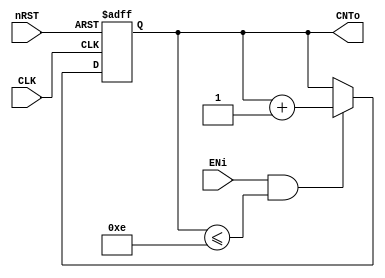
module MAX_CNT (nRST, CLK, ENi, CNTo);

input nRST, CLK, ENi;
output [3:0] CNTo;
reg [3:0] CNTo;

always @(posedge CLK, negedge nRST) begin
	if(!nRST) begin
		CNTo <= 4'b0000;
	end
	else begin
		if((ENi == 1) && (CNTo <= 14)) begin
			CNTo = CNTo + 1;
		end
	end
end

endmodule